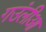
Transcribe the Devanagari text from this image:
गउंलीआ